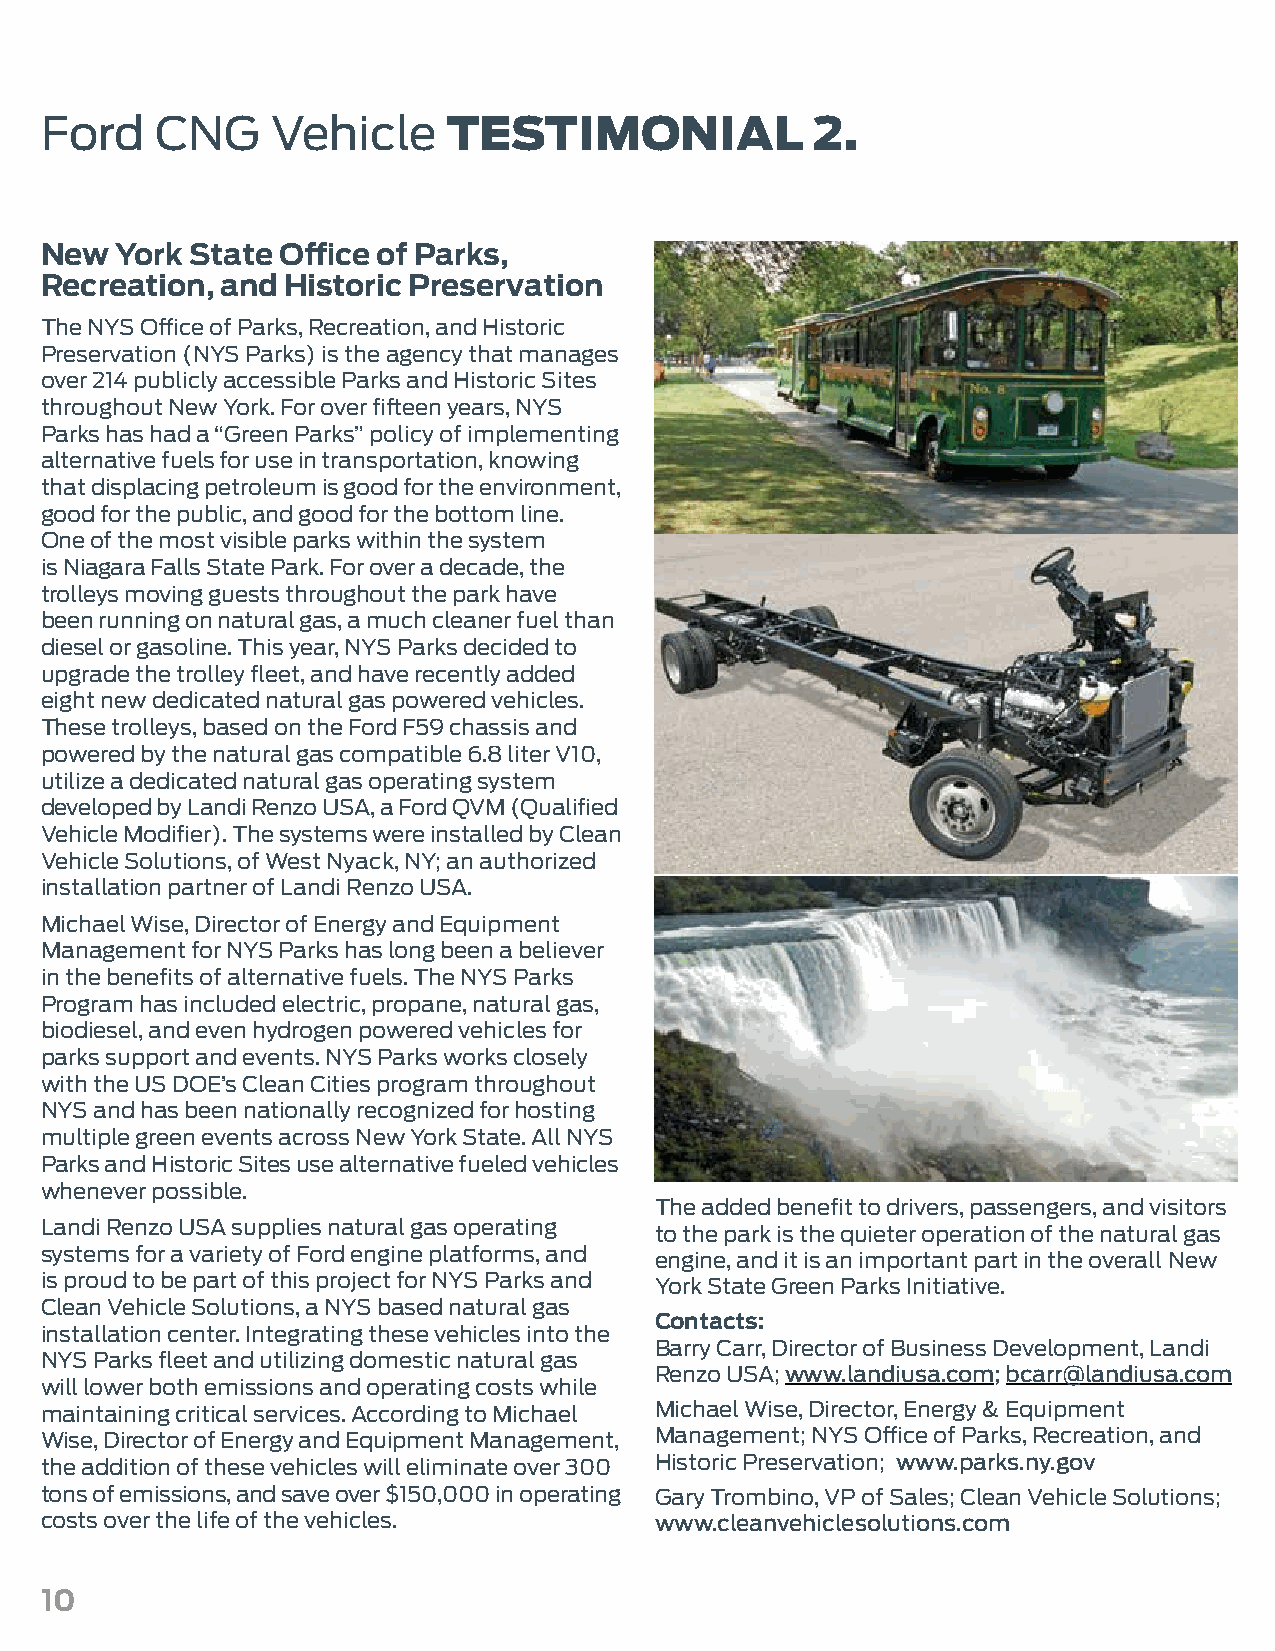
Ford   CNG     Vehicle     TESTIMONIAL             2.
 New  York State Office of Parks,
 Recreation, and Historic Preservation
 The NYS Office of Parks, Recreation, and Historic
 Preservation (NYS Parks) is the agency that manages
 over 214 publicly accessible Parks and Historic Sites
 throughout New York. For over fifteen years, NYS
 Parks has had a “Green Parks” policy of implementing
 alternative fuels for use in transportation, knowing
 that displacing petroleum is good for the environment,
 good for the public, and good for the bottom line.
 One of the most visible parks within the system
 is Niagara Falls State Park. For over a decade, the
 trolleys moving guests throughout the park have
 been running on natural gas, a much cleaner fuel than
 diesel or gasoline. This year, NYS Parks decided to
 upgrade the trolley fleet, and have recently added
 eight new dedicated natural gas powered vehicles.
 These trolleys, based on the Ford F59 chassis and
 powered by the natural gas compatible 6.8 liter V10,
 utilize a dedicated natural gas operating system
 developed by Landi Renzo USA, a Ford QVM (Qualified
 Vehicle Modifier). The systems were installed by Clean
 Vehicle Solutions, of West Nyack, NY; an authorized
 installation partner of Landi Renzo USA.
 Michael Wise, Director of Energy and Equipment
 Management for NYS Parks has long been a believer
 in the benefits of alternative fuels. The NYS Parks
 Program has included electric, propane, natural gas,
 biodiesel, and even hydrogen powered vehicles for
 parks support and events. NYS Parks works closely
 with the US DOE’s Clean Cities program throughout
 NYS and has been nationally recognized for hosting
 multiple green events across New York State. All NYS
 Parks and Historic Sites use alternative fueled vehicles
 whenever possible.
 The added benefit to drivers, passengers, and visitors
 Landi Renzo USA supplies natural gas operating
 to the park is the quieter operation of the natural gas
 systems for a variety of Ford engine platforms, and engine, and it is an important part in the overall New
 is proud to be part of this project for NYS Parks and York State Green Parks Initiative.
 Clean Vehicle Solutions, a NYS based natural gas
 Contacts:
 installation center. Integrating these vehicles into the
 Barry Carr, Director of Business Development, Landi
 NYS Parks fleet and utilizing domestic natural gas
 Renzo USA; www.landiusa.com; bcarr@landiusa.com
 will lower both emissions and operating costs while
 maintaining critical services. According to Michael Michael Wise, Director, Energy & Equipment
 Wise, Director of Energy and Equipment Management, Management; NYS Office of Parks, Recreation, and
 the addition of these vehicles will eliminate over 300 Historic Preservation; www.parks.ny.gov
 tons of emissions, and save over $150,000 in operating Gary Trombino, VP of Sales; Clean Vehicle Solutions;
 costs over the life of the vehicles.    www.cleanvehiclesolutions.com
 10